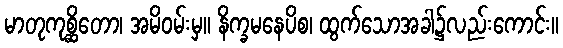
မာတုကုစ္ဆိတော၊ အမိဝမ်းမှ။ နိက္ခမနေပိစ၊ ထွက်သောအခါ၌လည်းကောင်း။